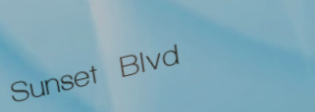
Sunset Blvd